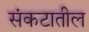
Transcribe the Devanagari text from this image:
संकटातील